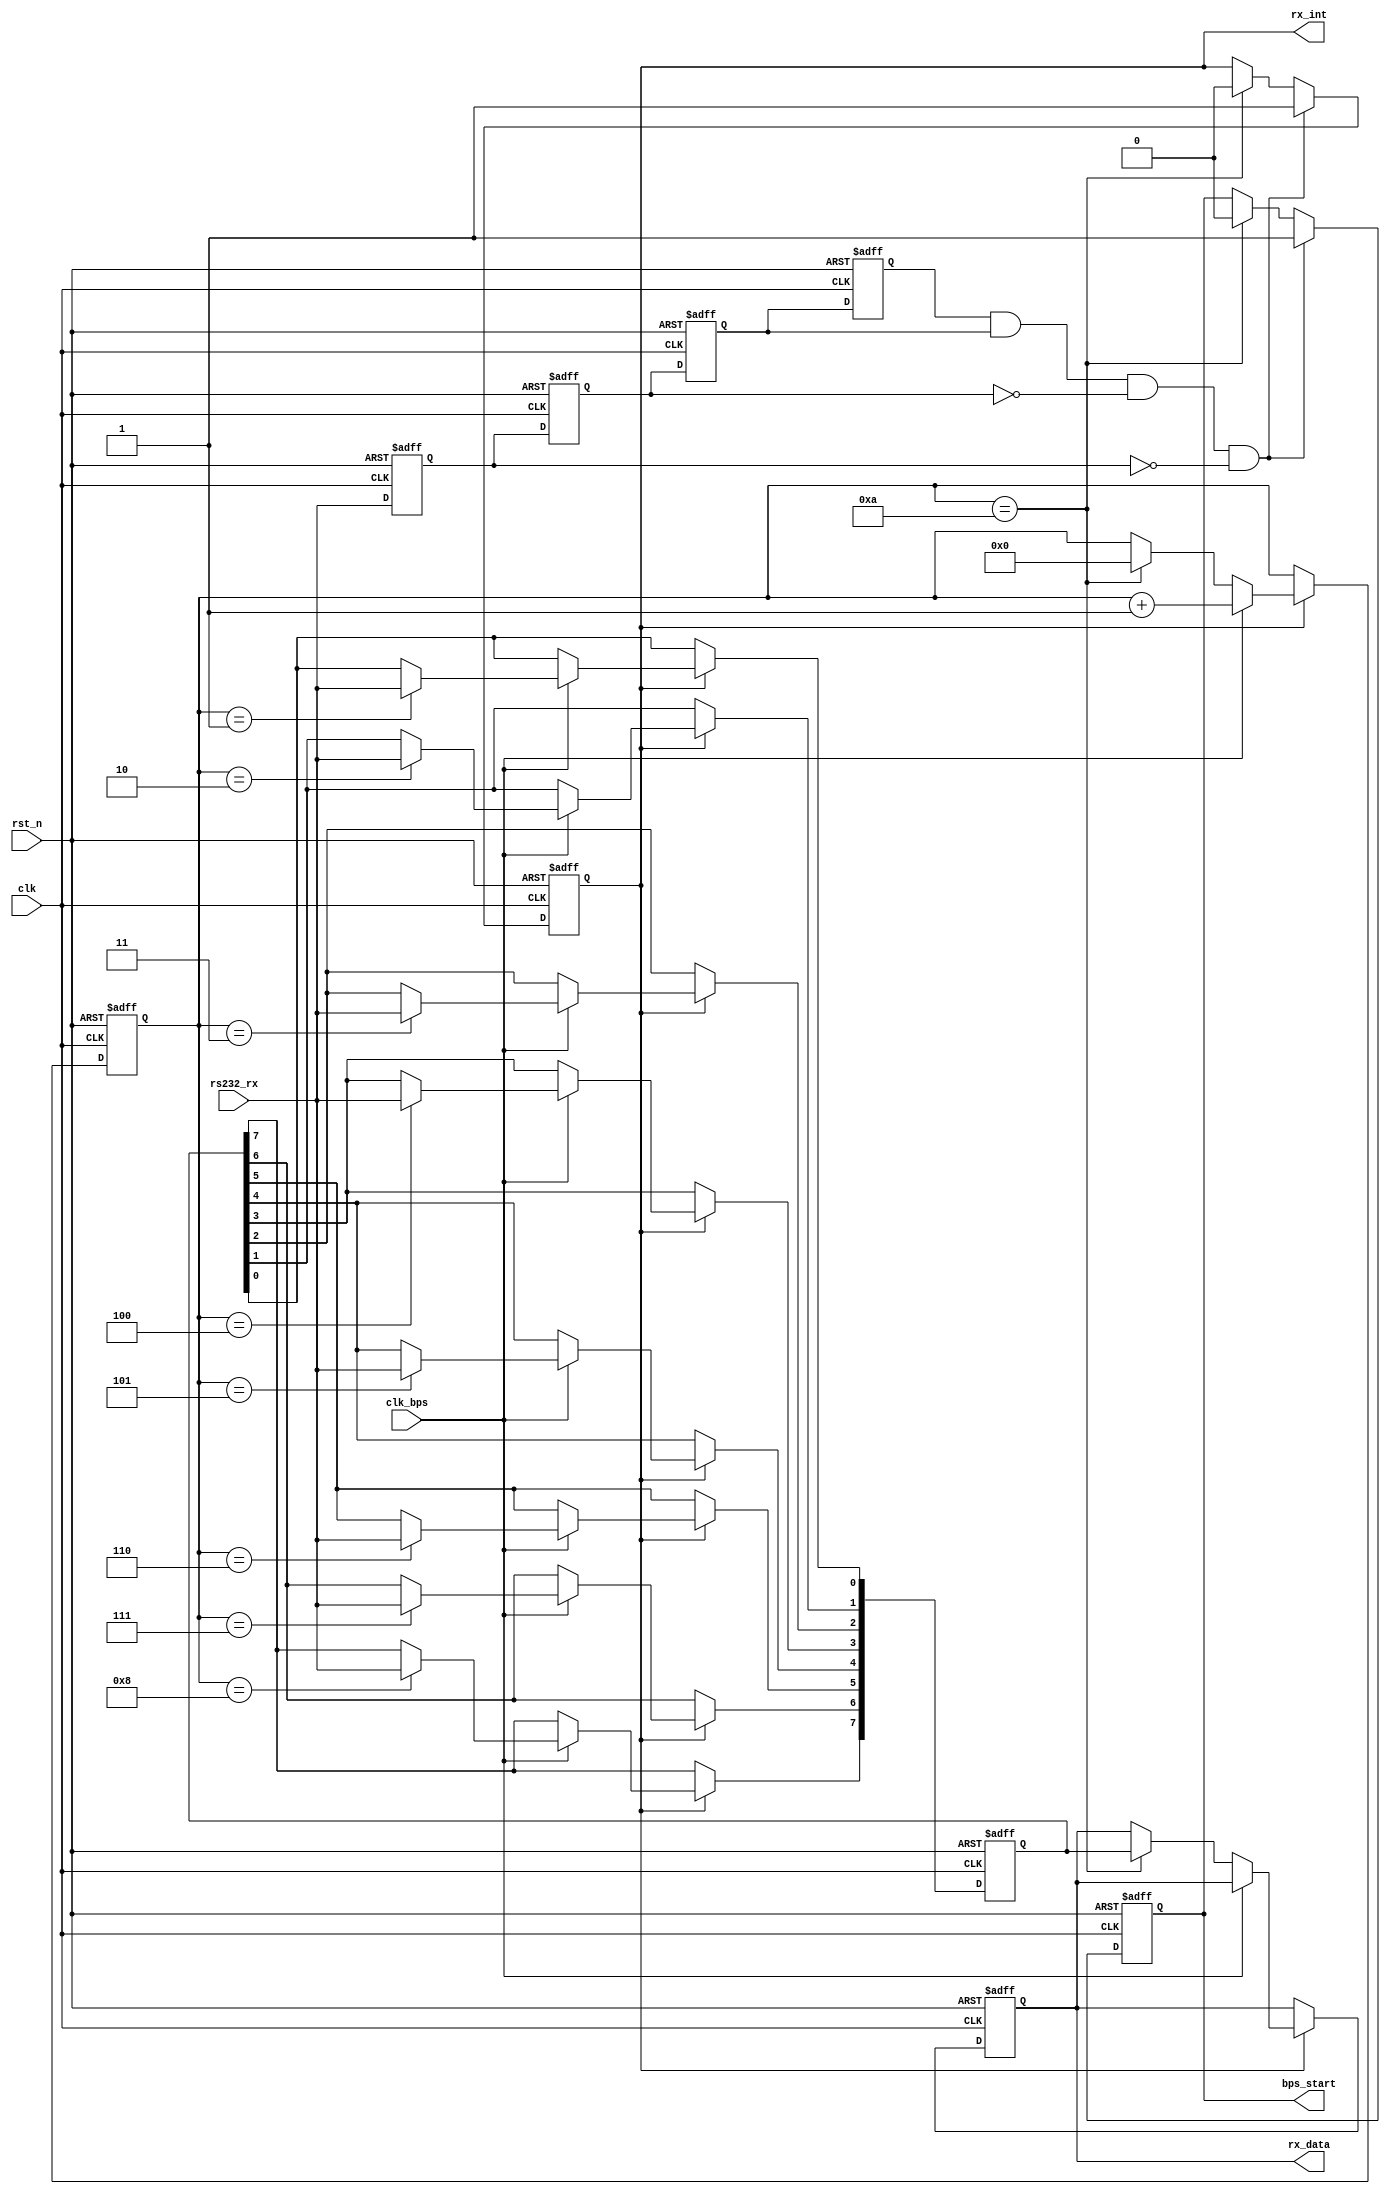
module uart_rx(
				clk,rst_n,
				rs232_rx,rx_data,rx_int,
				clk_bps,bps_start
			);

input clk;		
input rst_n;	
input rs232_rx;	
input clk_bps;	
output bps_start;		
output[7:0] rx_data;	
output rx_int;	

reg rs232_rx0,rs232_rx1,rs232_rx2,rs232_rx3;
wire neg_rs232_rx;	

always @ (posedge clk or negedge rst_n) begin
	if(!rst_n) begin
			rs232_rx0 <= 1'b1;
			rs232_rx1 <= 1'b1;
			rs232_rx2 <= 1'b1;
			rs232_rx3 <= 1'b1;
		end
	else begin
			rs232_rx0 <= rs232_rx;
			rs232_rx1 <= rs232_rx0;
			rs232_rx2 <= rs232_rx1;
			rs232_rx3 <= rs232_rx2;
		end
end
	
assign neg_rs232_rx = rs232_rx3 & rs232_rx2 & ~rs232_rx1 & ~rs232_rx0;


reg bps_start_r;
reg[3:0] num;	
reg rx_int;		

always @ (posedge clk or negedge rst_n)
	if(!rst_n) begin
			bps_start_r <= 1'b0;
			rx_int <= 1'b0;
		end
	else if(neg_rs232_rx) begin		
			bps_start_r <= 1'b1;	
			rx_int <= 1'b1;			
		end
	else if(num==4'd10) begin		
			bps_start_r <= 1'b0;	
			rx_int <= 1'b0;			
		end

assign bps_start = bps_start_r;


reg[7:0] rx_data_r;		


reg[7:0] rx_temp_data;	

always @ (posedge clk or negedge rst_n)
	if(!rst_n) begin
			rx_temp_data <= 8'd0;
			num <= 4'd0;
			rx_data_r <= 8'd0;
		end
	else if(rx_int) begin	
		if(clk_bps) begin		
				num <= num+1'b1;
				case (num)
						4'd1: rx_temp_data[0] <= rs232_rx;	
						4'd2: rx_temp_data[1] <= rs232_rx;	
						4'd3: rx_temp_data[2] <= rs232_rx;	
						4'd4: rx_temp_data[3] <= rs232_rx;	
						4'd5: rx_temp_data[4] <= rs232_rx;	
						4'd6: rx_temp_data[5] <= rs232_rx;	
						4'd7: rx_temp_data[6] <= rs232_rx;	
						4'd8: rx_temp_data[7] <= rs232_rx;	
						default: ;
					endcase
			end
		else if(num == 4'd10) begin		
				num <= 4'd0;			
				rx_data_r <= rx_temp_data;	
			end
		end

assign rx_data = rx_data_r;

endmodule